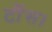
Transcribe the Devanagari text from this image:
टौंस।